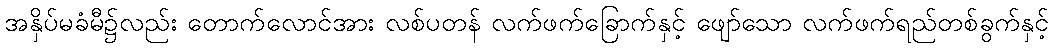
အနှိပ်မခံမီ၌လည်း တောက်လောင်အား လစ်ပတန် လက်ဖက်ခြောက်နှင့် ဖျော်သော လက်ဖက်ရည်တစ်ခွက်နှင့်